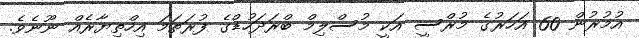
އުމުރުން 60 އަހަރުގެ މުރްސީ އަކީ މުސްލިމް ބްރަދަހުޑްގެ ފުރަތަމަ އިހްތިޔާރެއް ނޫނެވެ.